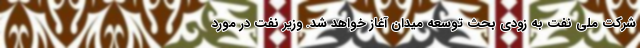
شرکت ملی نفت به زودی بحث توسعه میدان آغاز خواهد شد. وزیر نفت در مورد